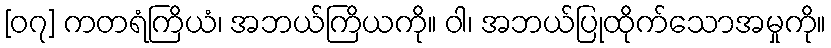
[၀၇] ကတရံကြိယံ၊ အဘယ်ကြိယကို။ ဝါ၊ အဘယ်ပြုထိုက်သောအမှုကို။